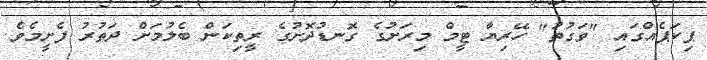
ޕިކަޕެއްގައި "ވަގުތު" ހޭރިޔާ ޓީމް މިރަށުގެ ގޮނޑުދޮށުގެ ރީތިކަން ބެލުމަށް ދަތުރު ފެށީމެވެ.